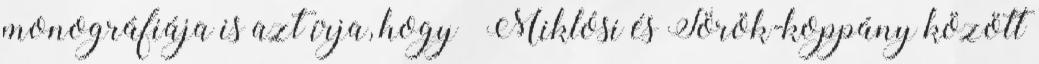
monográfiája is azt írja, hogy „Miklósi és Török-koppány között